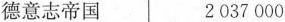
德意志帝国2037000